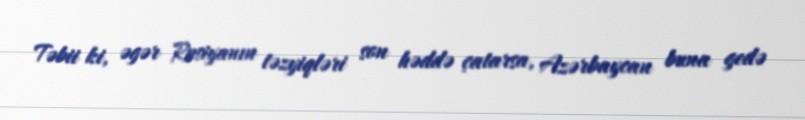
Təbii ki, əgər Rusiyanın təzyiqləri son həddə çatarsa, Azərbaycan buna gedə